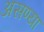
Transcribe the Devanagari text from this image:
असण्या